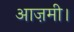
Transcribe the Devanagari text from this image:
आज़मी।